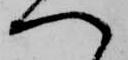
へ